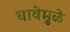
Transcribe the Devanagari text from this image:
धावेमुळे